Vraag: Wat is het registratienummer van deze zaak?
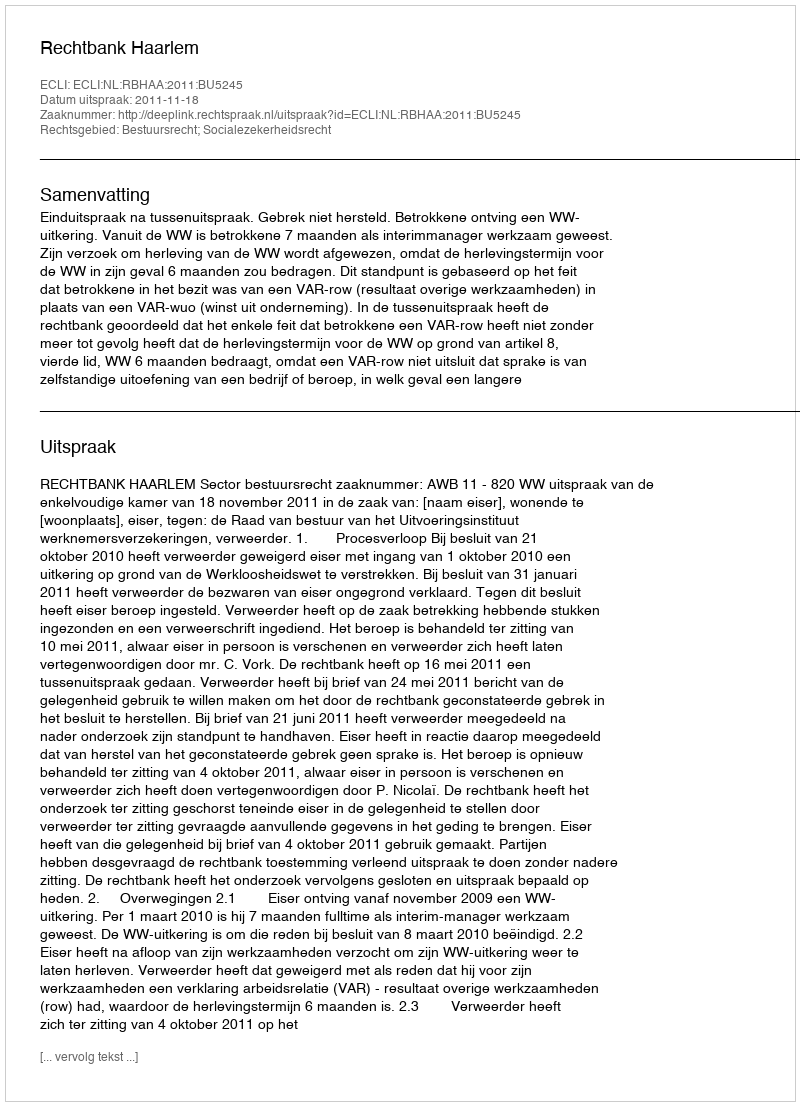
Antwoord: http://deeplink.rechtspraak.nl/uitspraak?id=ECLI:NL:RBHAA:2011:BU5245